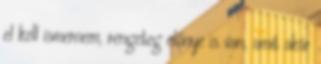
el kell ismernem, rengeteg előnye is van, amit akár